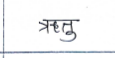
मजकूर: ऋतु